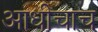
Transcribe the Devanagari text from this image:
आधीचाच